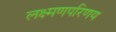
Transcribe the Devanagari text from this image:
लक्ष्मणपरिणय